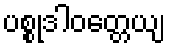
ပစ္စုဒါဝတ္တေယျ